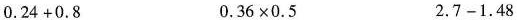
0.24+0.8 0.36×0.5 2.7-1.48